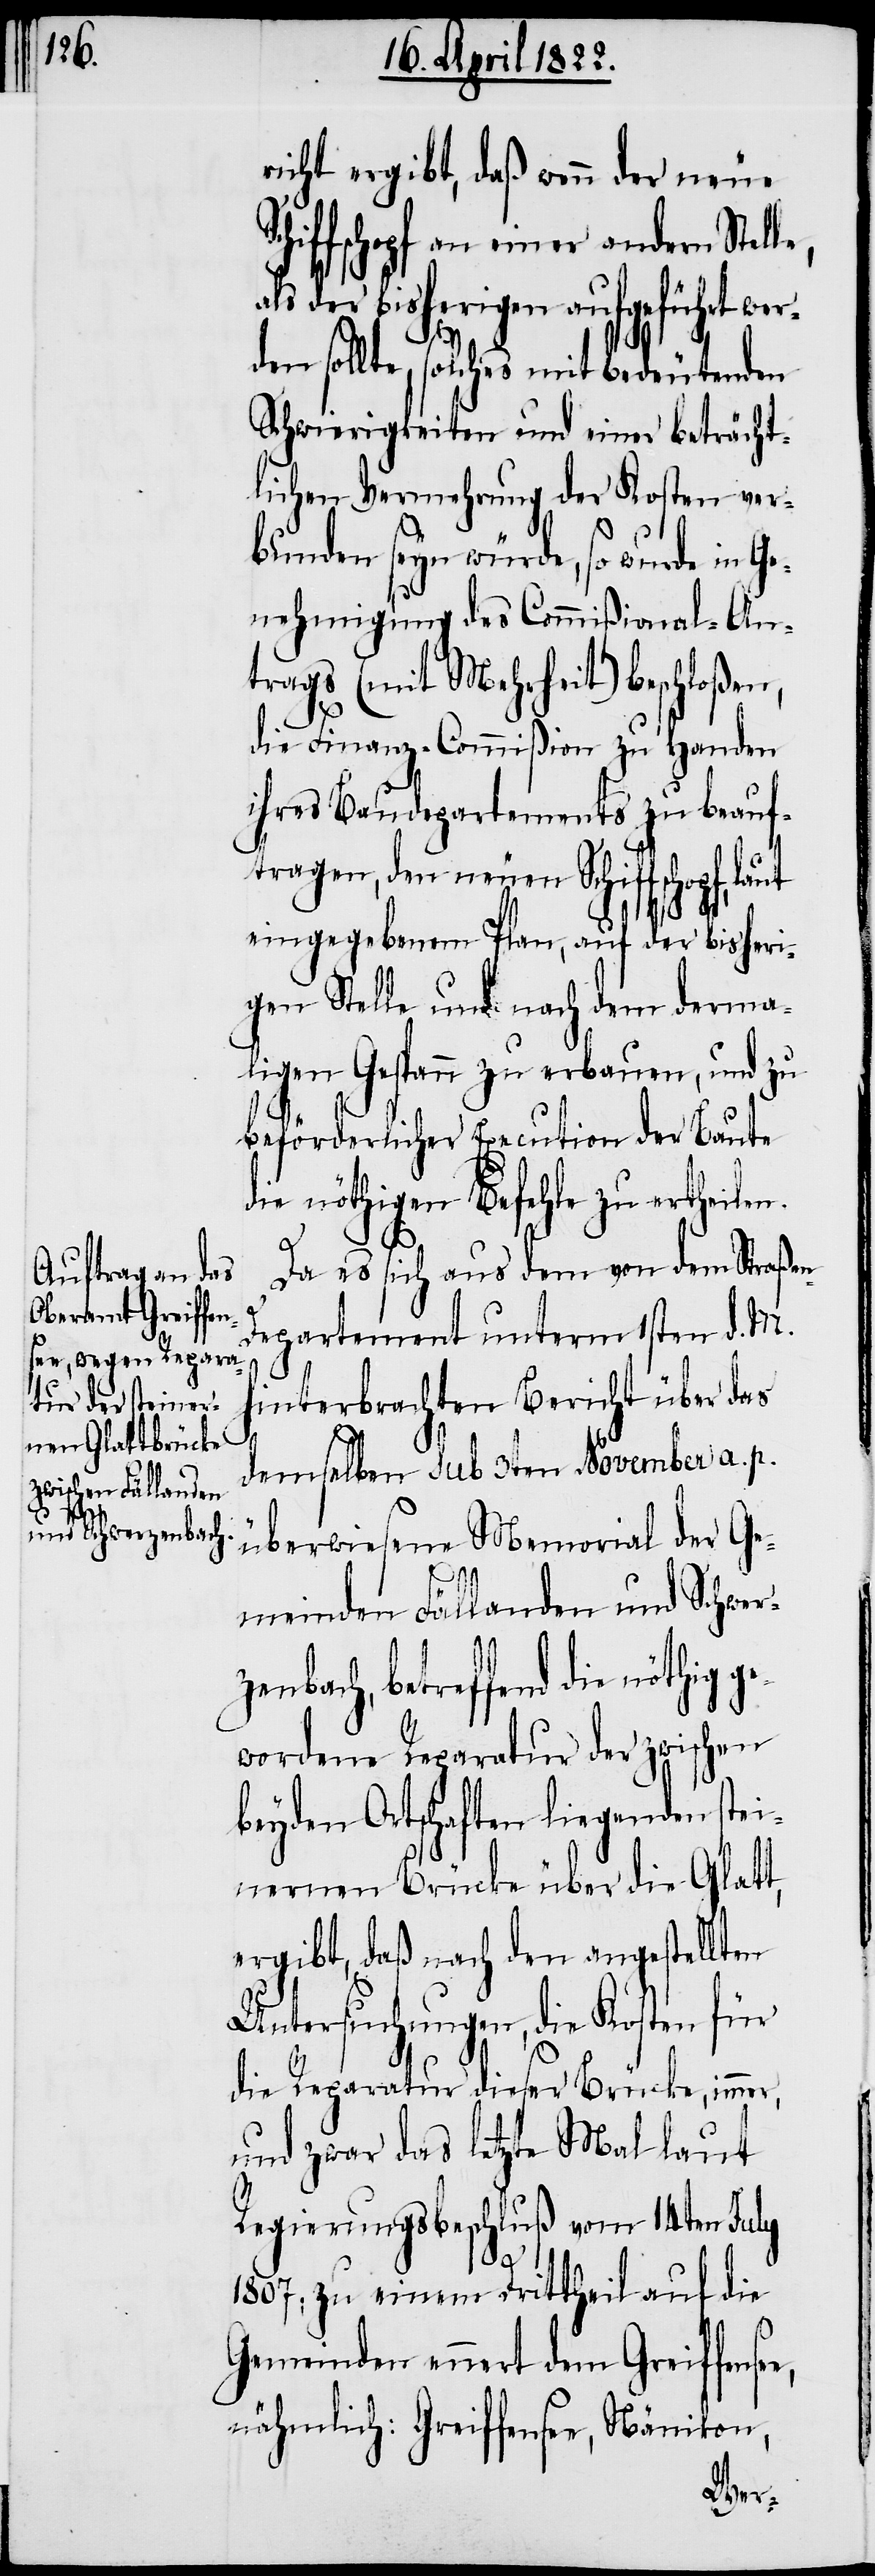
r¬

richt ergibt, daß wenn der neue
hiffschopf an einer andern Stell¬
der bisherigen aufgeführt we¬
den sollte, solches mit bedeutenden
Schwierigkeiten und einer beträcht¬
lichen Vermehrung der Kosten ver¬
bunden seyn würde, so wurde in Ge¬
nehmigung des Commißional-An¬
trags (mit Mehrheit) beschloßen,
die Finanz-Commißion zu Handen
ihres Baudepartements zu beauf¬
tragen, den neuen Schiffschopf,
eingegebenem Plan, auf der bisheri¬
gen Stelle und nach den derma¬
ligen Gespann zu erbauen, und zu
beförderlicher Execution der Baute
die nöthigen Befehle zu ertheilen.
Da es sich aus dem von dem Straße¬
epartement unterm 1sten d. M.
hinterbrachten Bericht über das
demselben sub 3ten November a. p.
überwiesende Memorial der Ge¬
e,
meinden Fällanden und Schwer¬
zenbach, betreffend die nöthig g¬
ewordenen Reparatur der zwischen
beyden Ortschaften liegenden stei¬
nernen Brücke über die Glatt,
ergibt, daß nach den angestellten
Untersuchungen, die Kosten für
die Reparatur dieser Brücke, immer,
und zwar das letzte Mal laut
Regierungsbeschluß vom 14ten July
1807, zu einem Drittheil auf die
Gemeinden ennert dem Greiffense¬
nähmlich: Greiffensee, Nänikon,